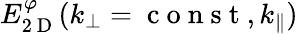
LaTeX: E_{2\mathrm{~D~}}^{\varphi}(k_{\perp}=\mathrm{~c~o~n~s~t~},k_{\parallel})